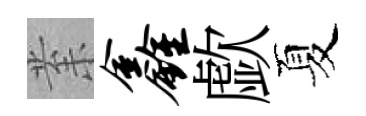
𭪙鑫歔夏